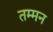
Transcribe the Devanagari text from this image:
तम्मन